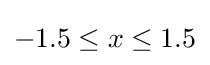
-1.5\leq x\leq 1.5